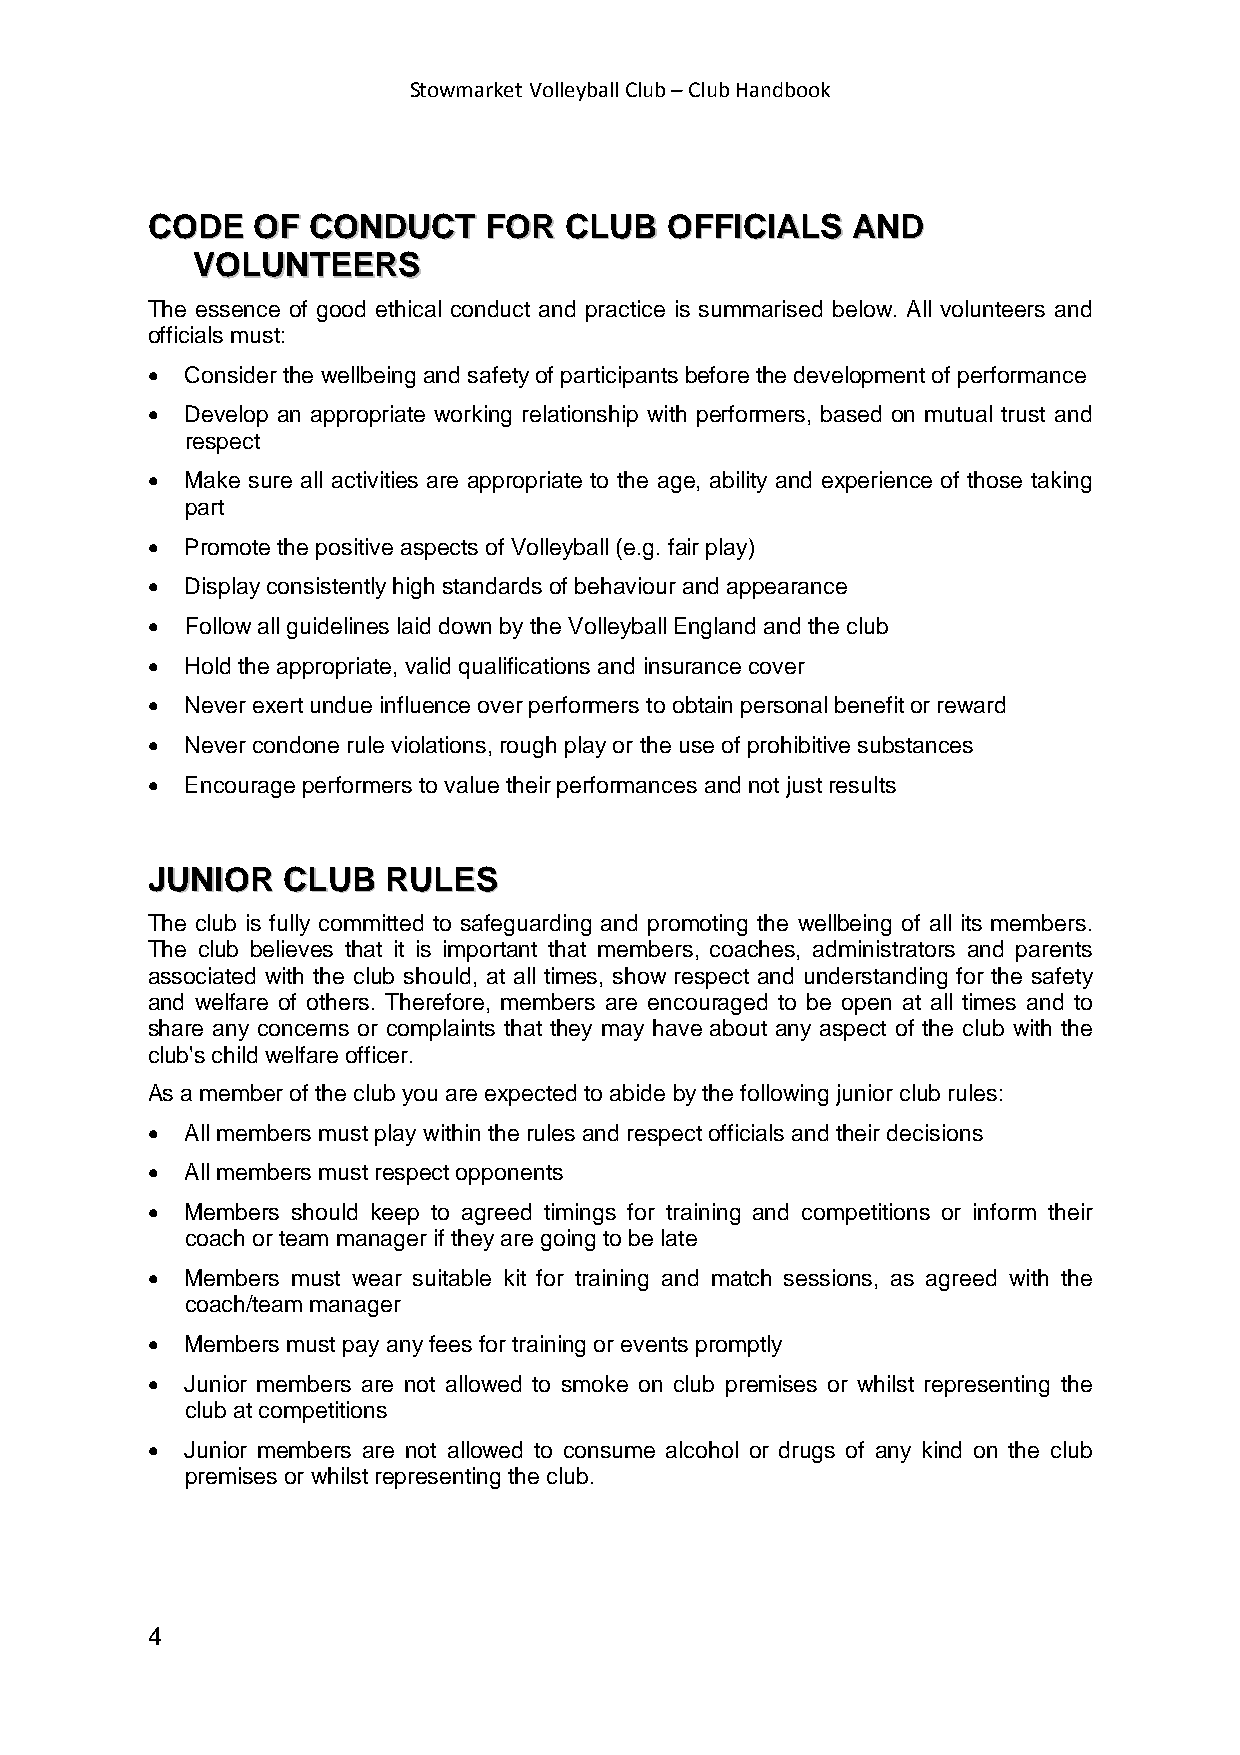
Stowmarket Volleyball Club – Club Handbook
 CCOODDEE OOFF CCOONNDDUUCCTT FFOORR CCLLUUBB OOFFFFIICCIIAALLSS AANNDD
 VVOOLLUUNNTTEEEERRSS
 The essence of good ethical conduct and practice is summarised below. All volunteers and
 officials must:
 • Consider the wellbeing and safety of participants before the development of performance
 • Develop an appropriate working relationship with performers, based on mutual trust and
 respect
 • Make sure all activities are appropriate to the age, ability and experience of those taking
 part
 • Promote the positive aspects of Volleyball (e.g. fair play)
 • Display consistently high standards of behaviour and appearance
 • Follow all guidelines laid down by the Volleyball England and the club
 • Hold the appropriate, valid qualifications and insurance cover
 • Never exert undue influence over performers to obtain personal benefit or reward
 • Never condone rule violations, rough play or the use of prohibitive substances
 • Encourage performers to value their performances and not just results
 JJUUNNIIOORR CCLLUUBB RRUULLEESS
 The club is fully committed to safeguarding and promoting the wellbeing of all its members.
 The club believes that it is important that members, coaches, administrators and parents
 associated with the club should, at all times, show respect and understanding for the safety
 and welfare of others. Therefore, members are encouraged to be open at all times and to
 share any concerns or complaints that they may have about any aspect of the club with the
 club's child welfare officer.
 As a member of the club you are expected to abide by the following junior club rules:
 • All members must play within the rules and respect officials and their decisions
 • All members must respect opponents
 • Members should keep to agreed timings for training and competitions or inform their
 coach or team manager if they are going to be late
 • Members must wear suitable kit for training and match sessions, as agreed with the
 coach/team manager
 • Members must pay any fees for training or events promptly
 • Junior members are not allowed to smoke on club premises or whilst representing the
 club at competitions
 • Junior members are not allowed to consume alcohol or drugs of any kind on the club
 premises or whilst representing the club.
 4